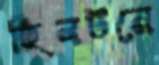
হিলটনে